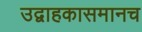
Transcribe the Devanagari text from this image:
उद्वाहकासमानच